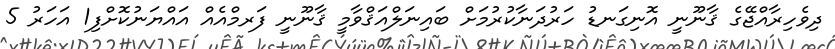
ދިވެހިރާއްޖޭގެ ޤާނޫނީ އޮނިގަނޑު ހަރުދަނާކުރުމަށް ބައިނަލްއަޤްވާމީ ޤާނޫނީ ފަރމްއެއް އައްޔަނުކޮށްފި1 އަހަރު 5